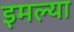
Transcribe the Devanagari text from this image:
इमल्या